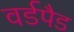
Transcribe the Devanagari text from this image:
वर्डपैड